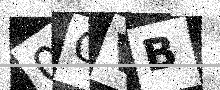
Text: 0GVB